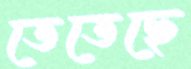
তেতেছে